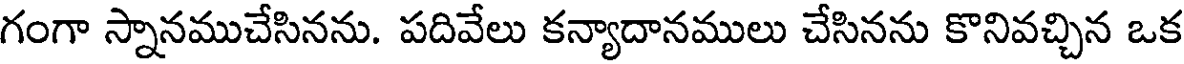
గంగా స్నానముచేసినను. పదివేలు కన్యాదానములు చేసినను కొనివచ్చిన ఒక